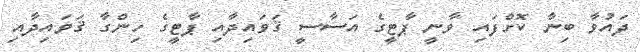
ދައުވާ ބިނާ ކޮށްފައި ވާނީ ޕާޓީގެ އަސާސީ ޤަވައިދާއި ޕާޓީގެ ހިންގާ ޤަވައިދާއި